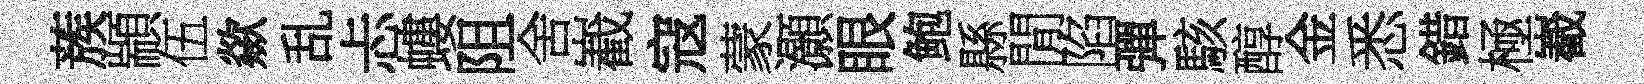
蔟顓伍歘乱忐螻阻舍嶻寇蒙灝眼鲍縣閒陷彈駭醇金悉錯極嶻